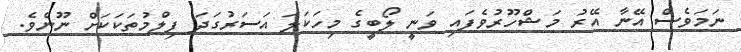
ނަމަވެސް އޭނާ އޭރު މަޝްހޫރުވެފައި ވަނީ ލޯބީގެ މިހަކަލަ އަސަރުގަދަ ފިލްމުތަކަކަށް ނޫނެވެ.